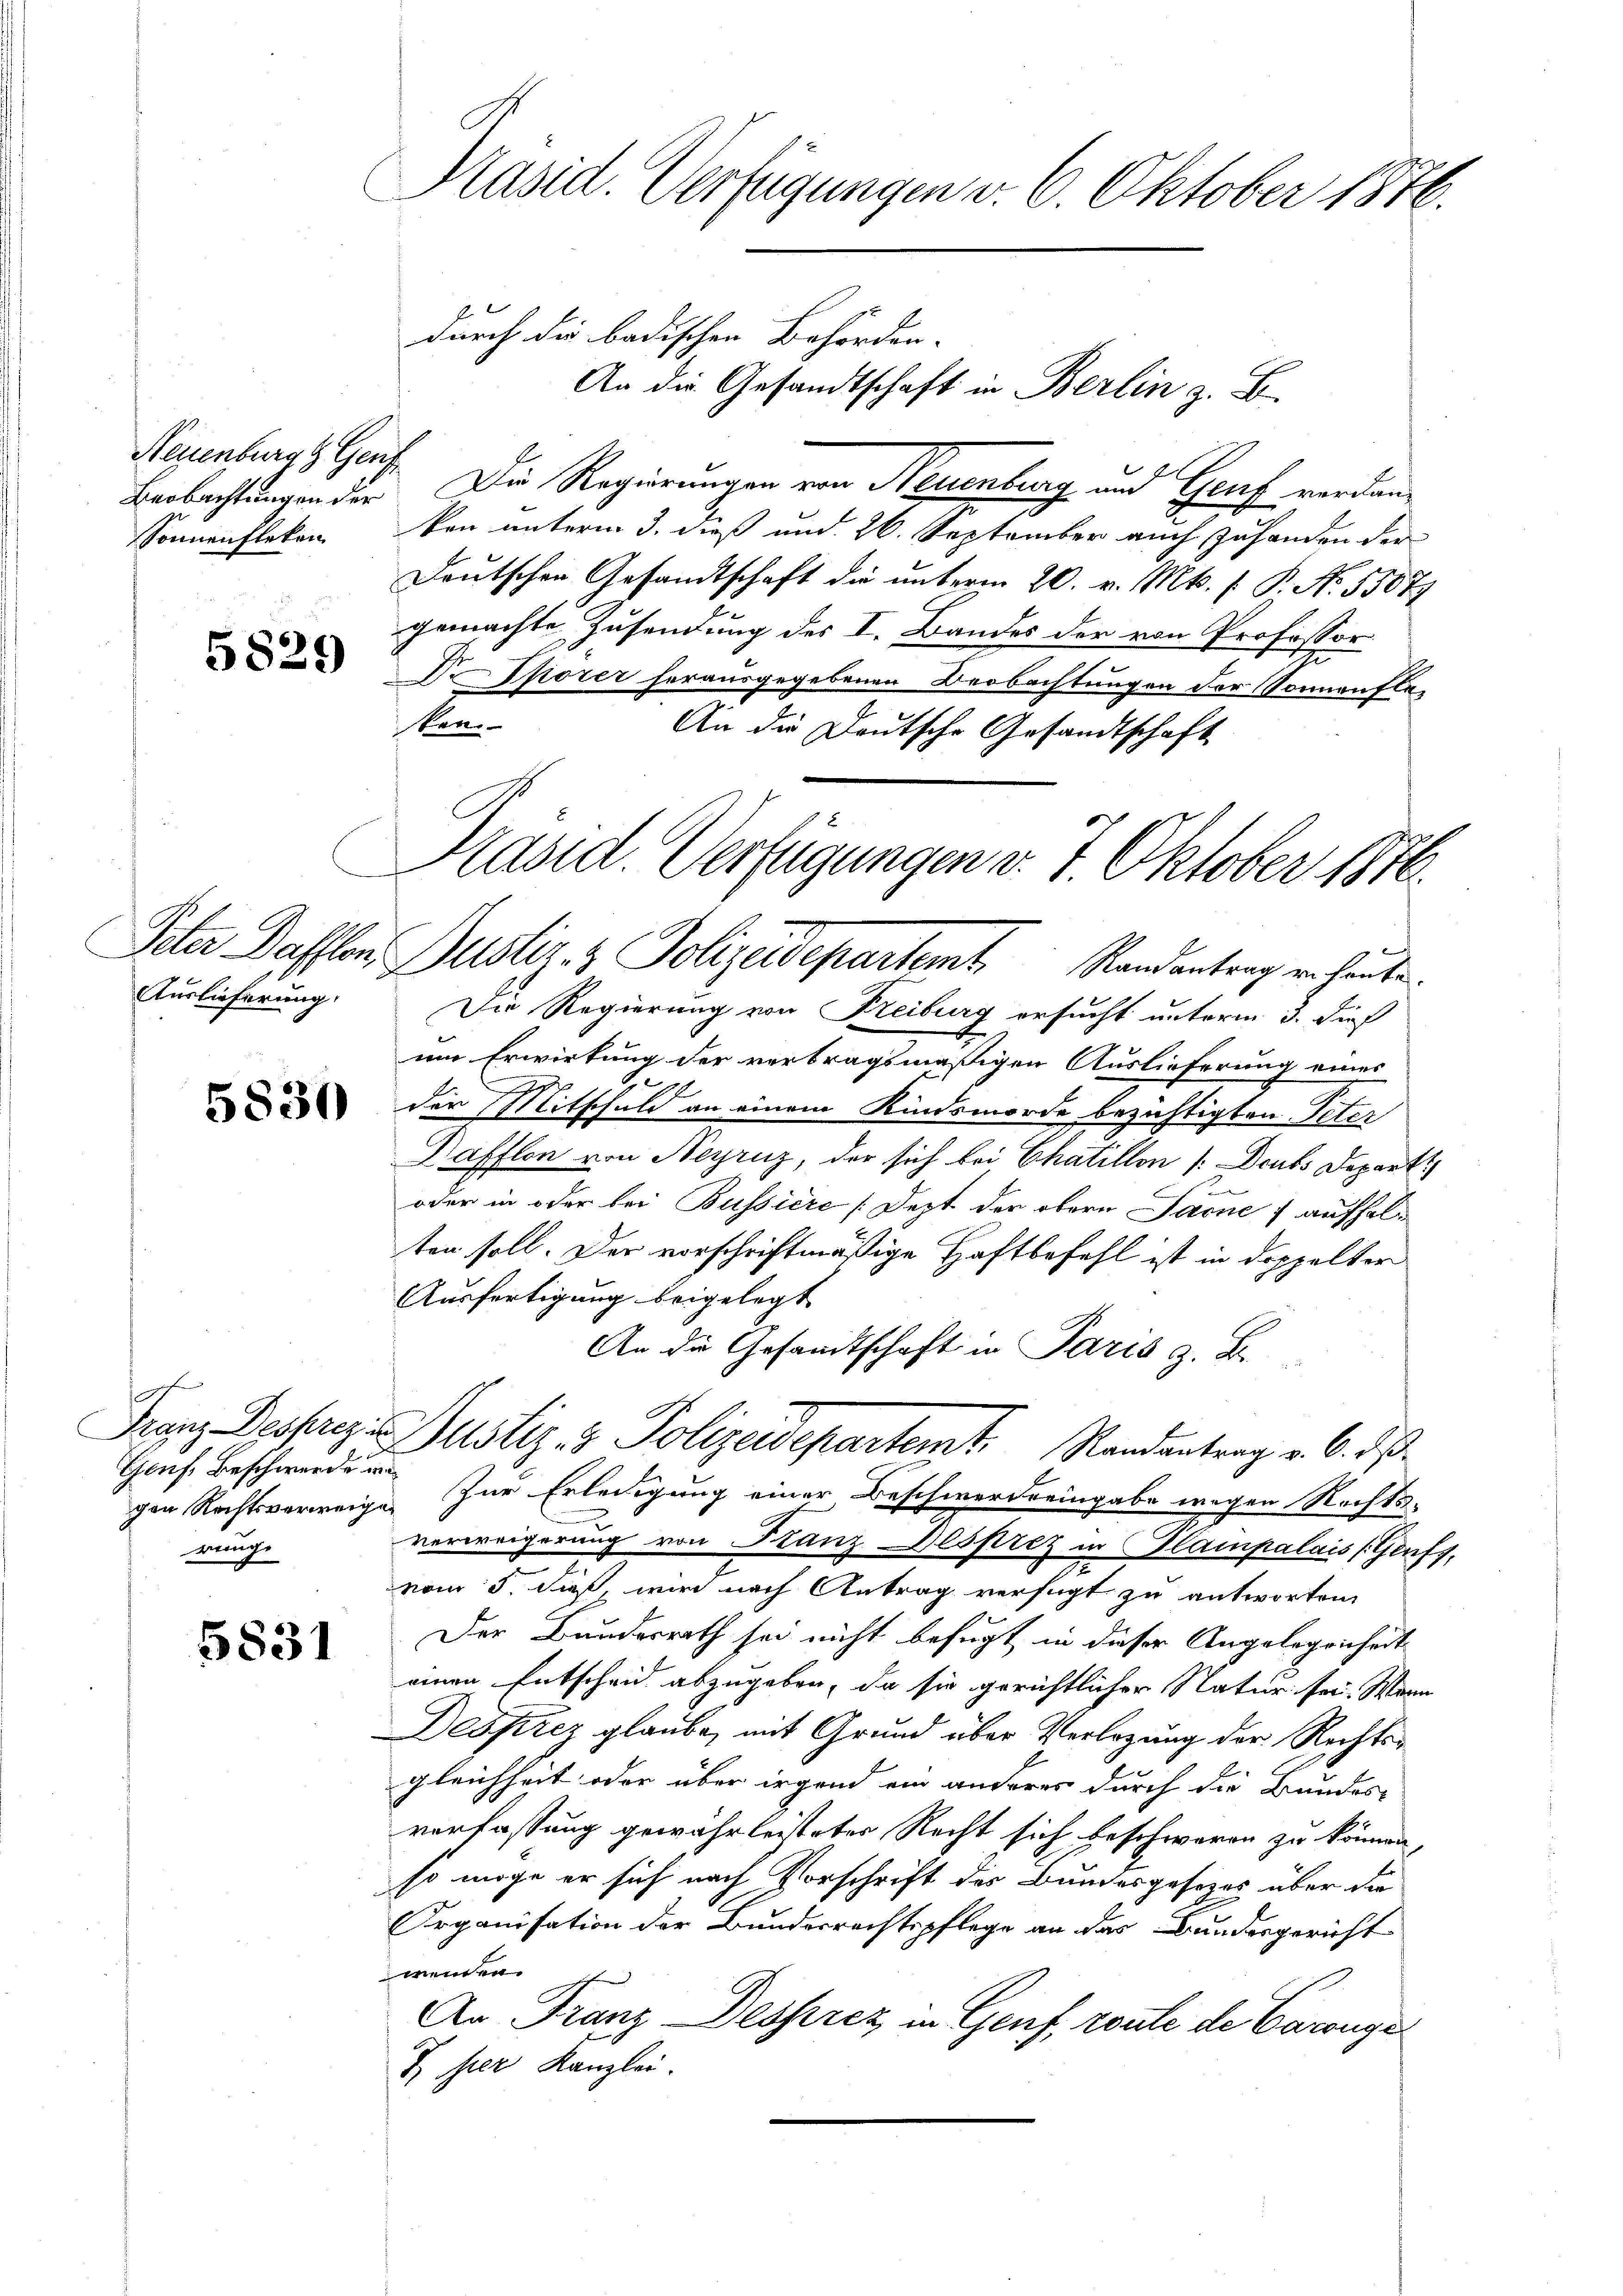
Neuenburg & Genf
Beobachtungen der

5829

Auslieferung

5830

f
Genf, Beschwerde wi
weinge

5831

Präsid. Verfügungen v. 6. Oktober 1876.

durch die badischen Behörden.
Die Regierungen von Neuenburg und Graf verdan¬
Sonnenfleken von unterm 3. dieß und 26. September auch zuhanden der
Deutschen Gesandtschaft die unterm 20. v. Mts. f. P. No. 5507
gemachte Zusendung des I. Bandes der von Professor
Dr. Thorer herausgegebenen Beobachtungen der Sonnenfle-
stan
An die Deutsche Gesandtschaft

Präsid. Verfügungen v. 7. Oktober 1876.
Peter Dassen Justiz- & Polizeidepartemt Randantrag er heute.

An die Gesandtschaft in Berlin z. B.

Franz Desserez. Justiz- & Polizeidepartemt. Randantrag v. 6. ds.

Die Regierung von Freiburg ersucht unterm 3. die
um Erwirkung der vertragsmäßigen Auslieferung eines
.
der Mitschuld an einem Kindsmorde bezichtigten Peter
Dafflen von Negruz, der sich bei Chatillon Deuts Depart
oder in oder bei Bussiere [Jezt der obern Jaone) aufhalten soll. Der vorschriftmäßige Haftbefehl ist in doppelter
Ausfertigung beigelegt
An die Gesandtschaft in Paris z. B.
gen Rechtsverweige. Zur Erledigung einer Beschwerderingabe wegen Rechts-
verweigerung von Franz Gesprez in Blampalais (Genf,
vom 5. dieß, wird nach Antrag verfügt zu antworten,
Der Bundesrath sei nicht befugt in dieser Angelegenheit
einen Entscheid abzugeben, da sie gerichtlicher Natur sei. Wenn
Desprez glaube, mit Grund über Verlegung der Rechtsgleichheit oder über irgend ein anderer durch die Bundes
verfassung gewährleisteter Recht sich beschweren zu können,
so möge er sich nach Vorschrift des Bundesgesezes über die
Organisation der Bundesrechtspflege an das Bundesgericht
wenden.
An Franz Desprez in Genf, route de Caronge
J. hier Kanzlei.